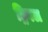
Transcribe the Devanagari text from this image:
ड्रिपल